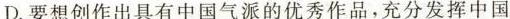
要想创作出具有中国气派的优秀作品，充分发挥中国